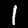
Digit: 1